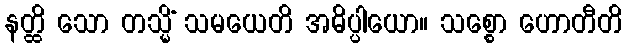
နတ္ထိ သော တသ္မိံ သမယေတိ အဓိပ္ပါယော။ သစ္စော ဟောတီတိ